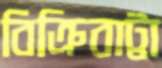
বিক্রিবাট্টা